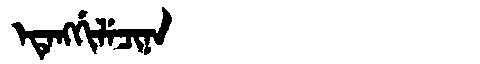
Manchu: ᡝᡨᡝᠩᡤᡳᠯᡝᠴᡳᠨᠠ
Romanization: ETENGGILECINA